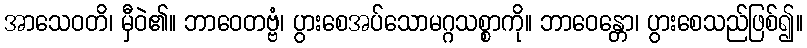
အာသေဝတိ၊ မှီဝဲ၏။ ဘာဝေတဗ္ဗံ၊ ပွားစေအပ်သောမဂ္ဂသစ္စာကို။ ဘာဝေန္တော၊ ပွားစေသည်ဖြစ်၍။